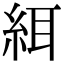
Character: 䋙